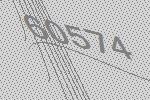
60574